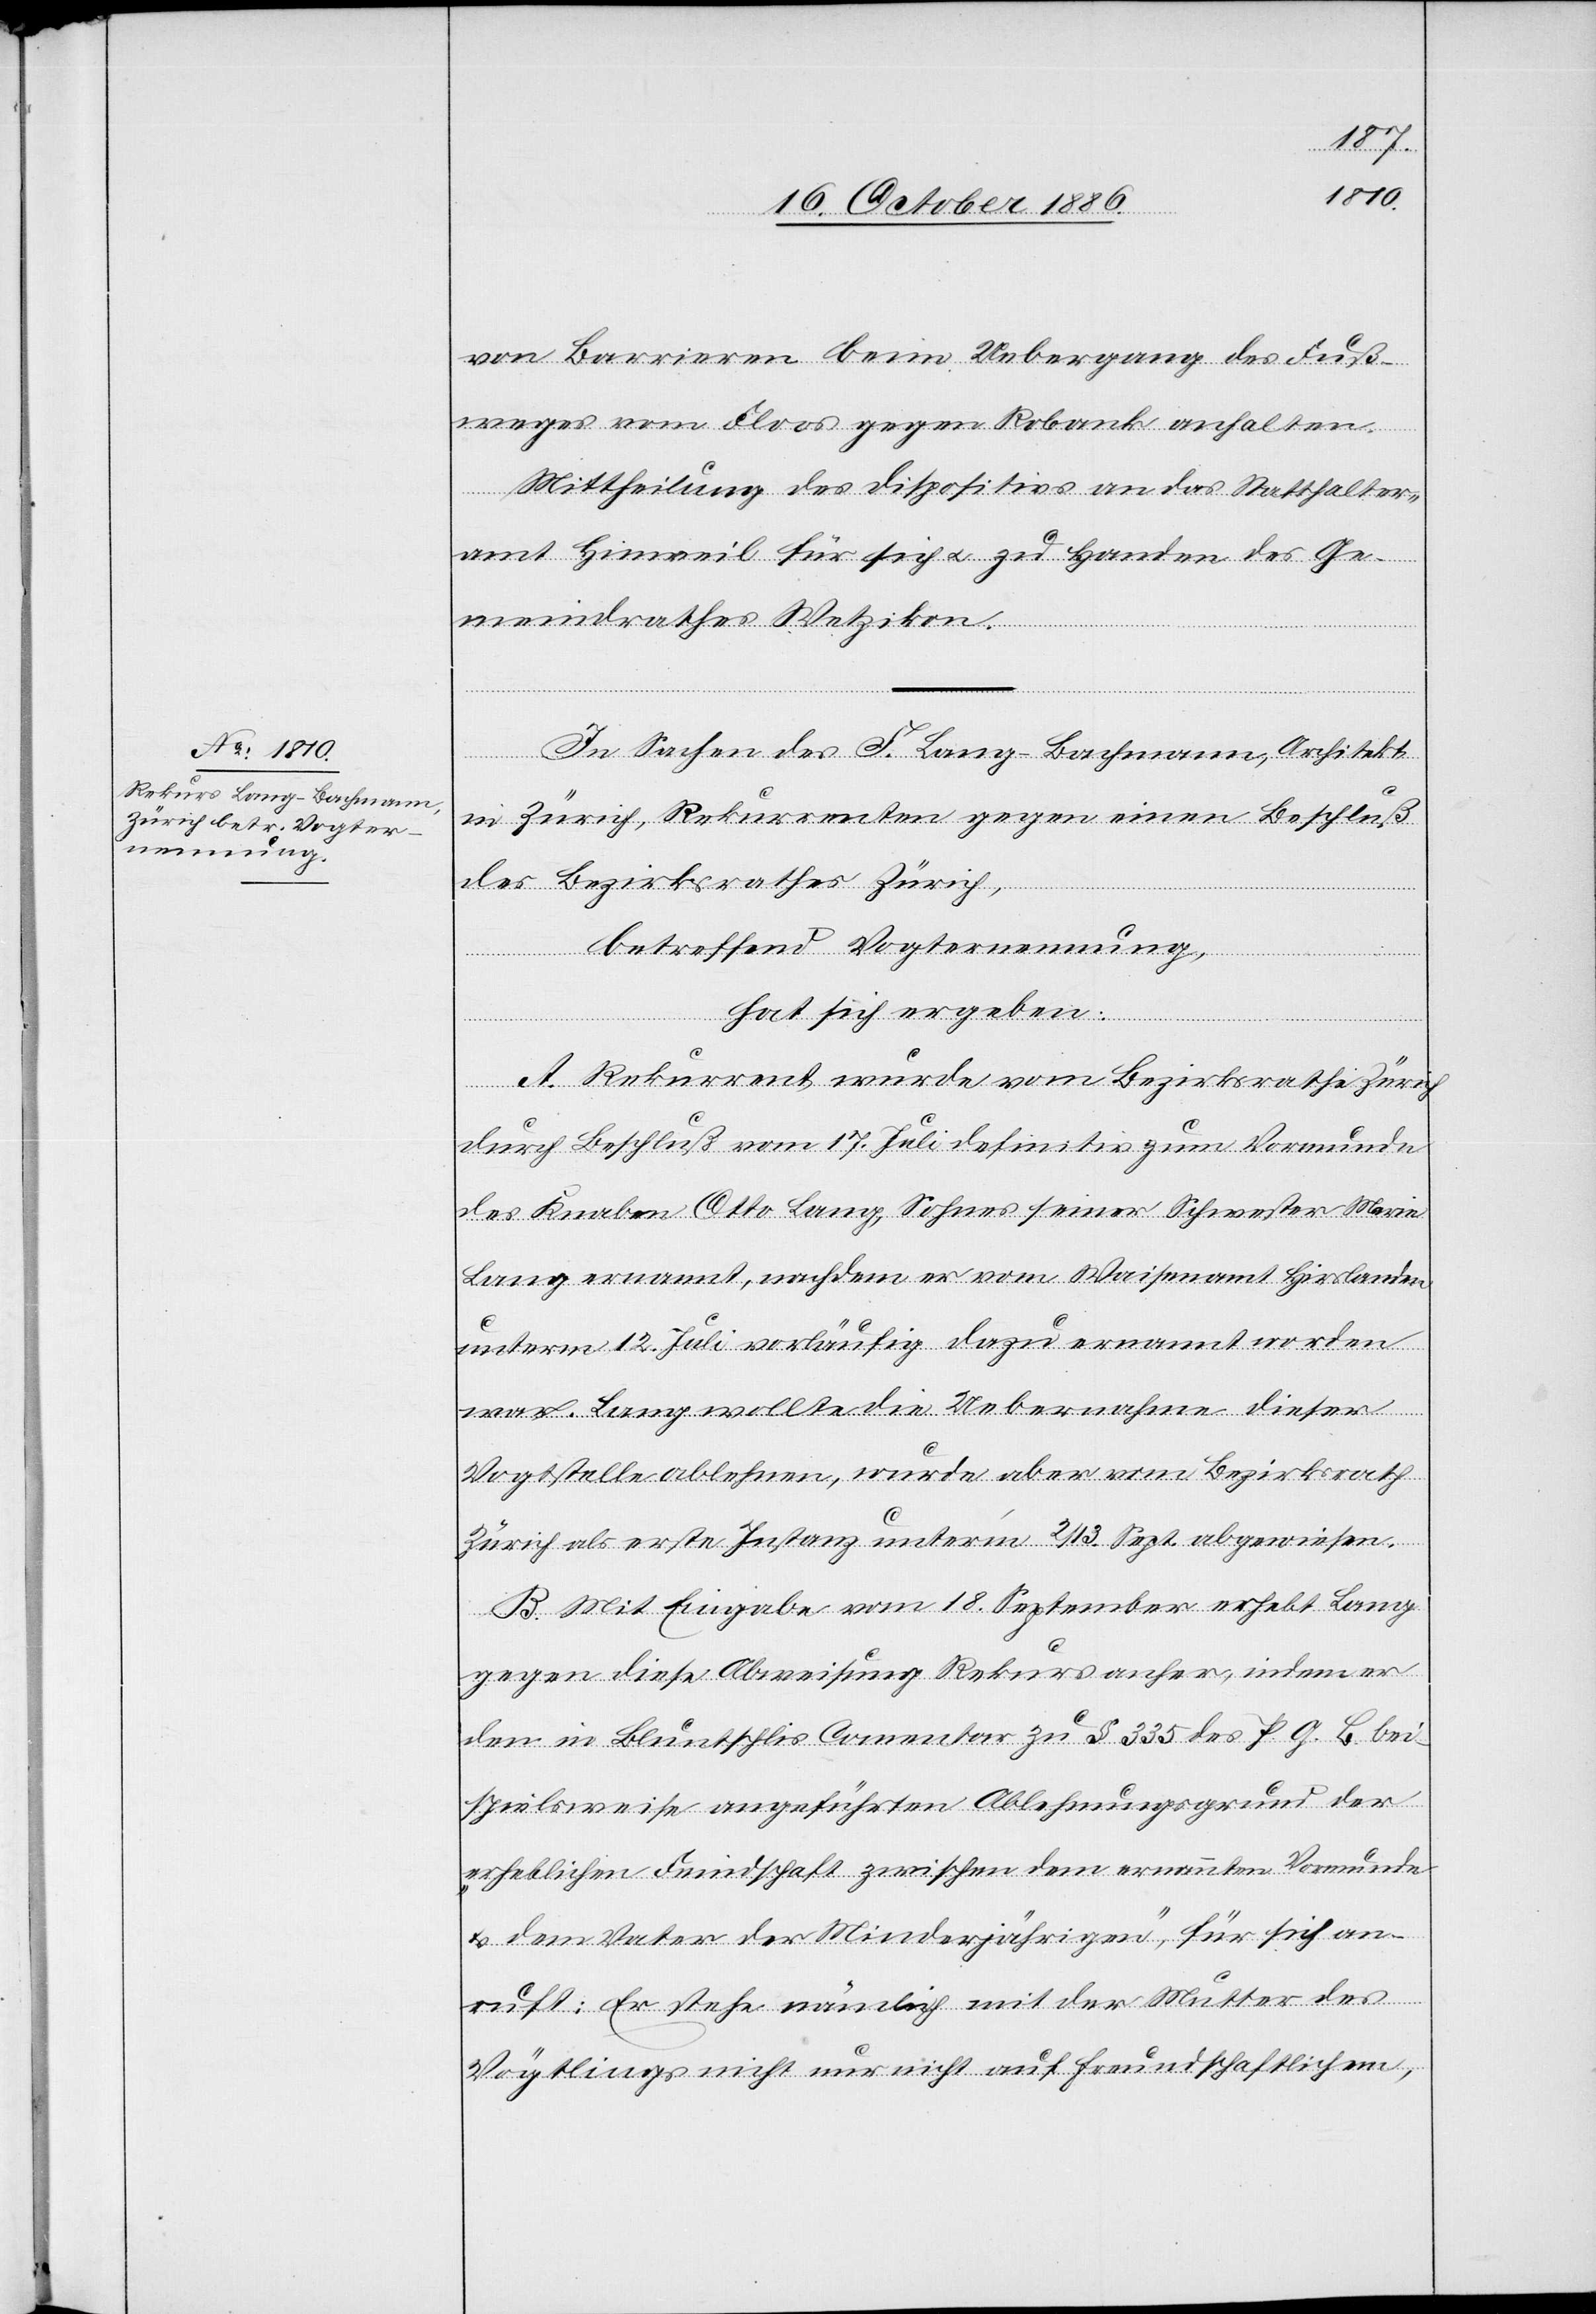
von Barrieren beim Uebergang des Fuß¬
weges vom Floos gegen Robank anhalten.
Mittheilung des Dispositivs an das Statthalter¬
amt Hinweil für sich & zu Handen des Ge¬
meindrathes Wetzikon.
In Sachen des F. Lang-Bachmann, Architekt
in Zürich, Rekurrenten gegen einen Beschluß
des Bezirksrathes Zürich,
betreffend Vogternennung,
hat sich ergeben:
A. Rekurrent wurde vom Bezirksrathe Zürich
durch Beschluß vom 17. Juli definitiv zum Vormunde
des Knaben Otto Lang, Sohnes seiner Schwester Marie
Lang ernannt, nachdem er vom Waisenamt Hirslanden
unterm 12. Juli vorläufig dazu ernannt worden
war. Lang wollte die Uebernahme dieser
Vogtstelle ablehnen, wurde aber vom Bezirksrath
Zürich als erste Instanz unterm 2./13. Sept. abgewiesen.
B. Mit Eingabe vom 18. September erhebt Lang
gegen diese Abweisung Rekurs anher, indem er
den in Bluntschlis Comentar zu § 335 des P. G. B. bei¬
spielsweise angeführten Ablehnungsgrund der
„erheblichen Feindschaft zwischen dem ernannten Vormunde
& dem Vater der Minderjährigen“, für sich an¬
ruft: Er stehe nämlich mit der Mutter des
Vögtlings nicht nur nicht auf freundschaftlichem,